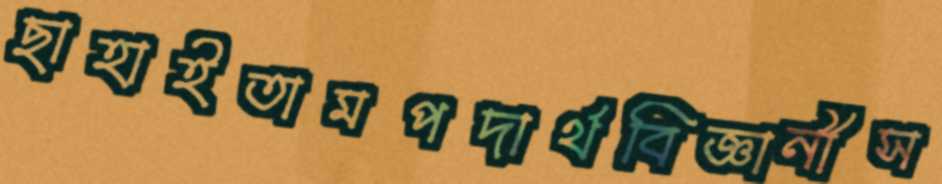
ছাহাইতামপদার্থবিজ্ঞানীস